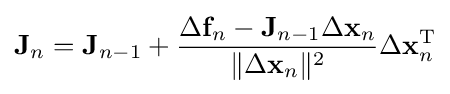
\mathbf {J} _{n}=\mathbf {J} _{n-1}+{\frac {\Delta \mathbf {f} _{n}-\mathbf {J} _{n-1}\Delta \mathbf {x} _{n}}{\|\Delta \mathbf {x} _{n}\|^{2}}}\Delta \mathbf {x} _{n}^{\mathrm {T} }